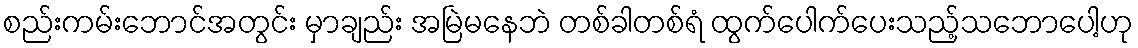
စည်းကမ်းဘောင်အတွင်း မှာချည်း အမြဲမနေဘဲ တစ်ခါတစ်ရံ ထွက်ပေါက်ပေးသည့်သဘောပေါ့ဟု